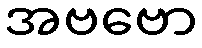
အဗဗော